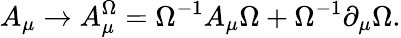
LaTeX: A_{\mu}\to A_{\mu}^{\Omega}=\Omega^{-1}A_{\mu}\Omega+\Omega^{-1}\partial_{\mu}\Omega.